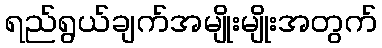
ရည်ရွယ်ချက်အမျိုးမျိုးအတွက်